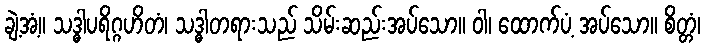
ချဲ့အံ့။ သဒ္ဓါပရိဂ္ဂဟိတံ၊ သဒ္ဓါတရားသည် သိမ်းဆည်းအပ်သော။ ဝါ၊ ထောက်ပံ့ အပ်သော။ စိတ္တံ၊